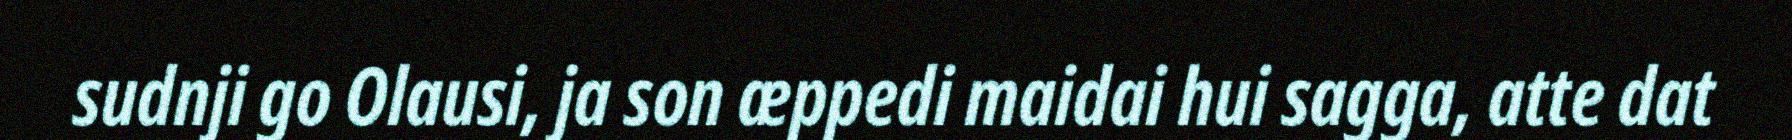
sudnji go Olausi, ja son æppedi maidai hui sagga, atte dat